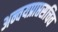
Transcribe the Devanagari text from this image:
अन्वयप्राप्तसचिव